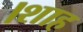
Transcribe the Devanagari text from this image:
।शाह